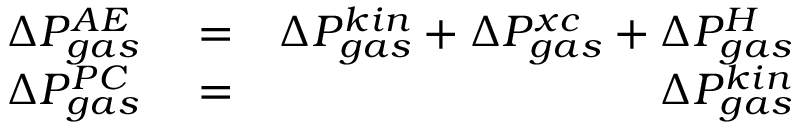
\begin{array} { r l r } { \Delta P _ { g a s } ^ { A E } } & { { } = } & { \Delta P _ { g a s } ^ { k i n } + \Delta P _ { g a s } ^ { x c } + \Delta P _ { g a s } ^ { H } } \\ { \Delta P _ { g a s } ^ { P C } } & { { } = } & { \Delta P _ { g a s } ^ { k i n } } \end{array}